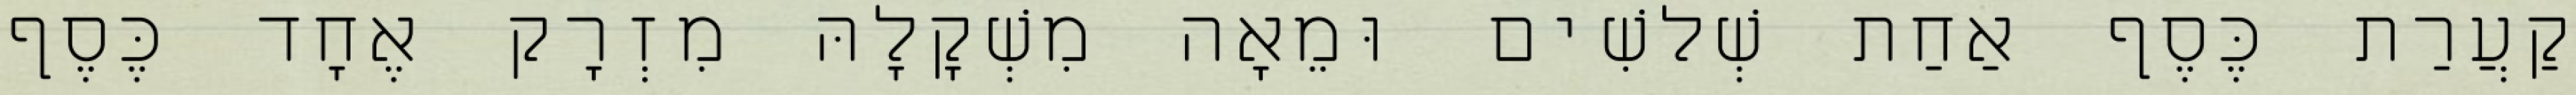
קַעֲרַת כֶּסֶף אַחַת שְׁלשִׁים וּמֵאָה מִשְׁקָלָהּ מִזְרָק אֶחָד כֶּסֶף